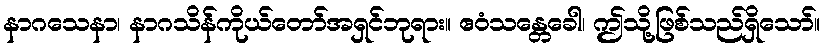
နာဂသေနာ၊ နာဂသိန်ကိုယ်တော်အရှင်ဘုရား။ ဧဝံသန္တေခေါ၊ ဤသို့ဖြစ်သည်ရှိသော်။